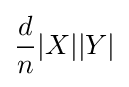
{\frac {d}{n}}|X||Y|